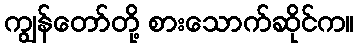
ကျွန်တော်တို့ စားသောက်ဆိုင်က။